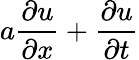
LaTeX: a{\frac{\partial u}{\partial x}}+{\frac{\partial u}{\partial t}}